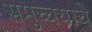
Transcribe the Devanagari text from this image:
समुच्चयाचे